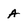
Character: A